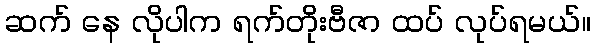
ဆက် နေ လိုပါက ရက်တိုးဗီဇာ ထပ် လုပ်ရမယ်။